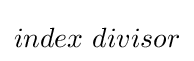
index~divisor